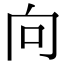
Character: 向